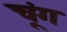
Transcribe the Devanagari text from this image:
चूंग